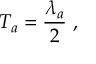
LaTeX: T _ { a } = { \frac { \lambda _ { a } } { 2 } } ~ ,